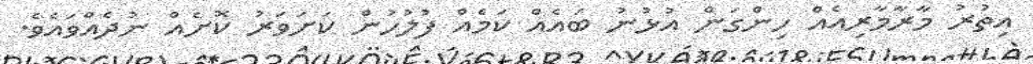
އިތުރު މާރާމާރިއެއް ހިންގަން އުޅުނު ބައެއް ކަމެއް ފުލުހުން ކަށަވަރު ކޮށެއް ނުދެއްވައެވެ.